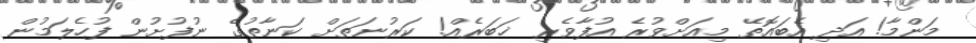
މަންމާ! އަދި އެބައޮތޭ މިއަށްވުރެ އުފާވެރި ޚަބަރެއް! ކަރުނަތަށް ކަނާތުގެ ނުފުށުން ފުހެލަމުން